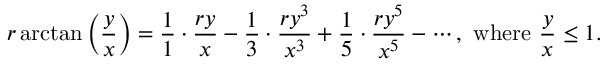
r \arctan \left( { \frac { y } { x } } \right) = { \frac { 1 } { 1 } } \cdot { \frac { r y } { x } } - { \frac { 1 } { 3 } } \cdot { \frac { r y ^ { 3 } } { x ^ { 3 } } } + { \frac { 1 } { 5 } } \cdot { \frac { r y ^ { 5 } } { x ^ { 5 } } } - \cdots , { \mathrm { ~ w h e r e ~ } } { \frac { y } { x } } \leq 1 .